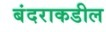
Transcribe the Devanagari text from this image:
बंदराकडील